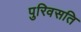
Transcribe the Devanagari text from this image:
पुरिवसति